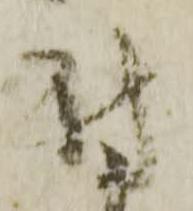
付